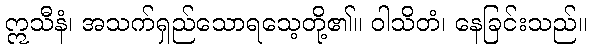
ဣသီနံ၊ အသက်ရှည်သောရသေ့တို့၏။ ဝါသိတံ၊ နေခြင်းသည်။